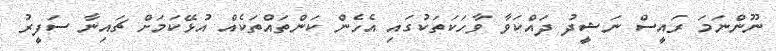
ނޫންނަމަ ރައީސް ނަޝީދު ދައްކަވާ ވާހަކަތަކުގައި އެހެން ކަންތައްތަކެއް އުޅޭކަމަށް ޗައިނާ ސަފީރު